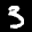
Label: 3